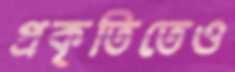
প্রকৃতিতেও